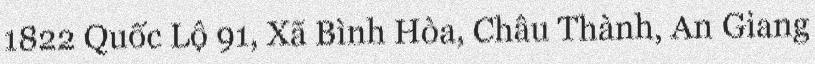
1822 Quốc Lộ 91, Xã Bình Hòa, Châu Thành, An Giang